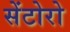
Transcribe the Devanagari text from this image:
सेंटोरो